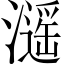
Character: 𤁠